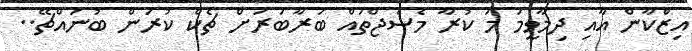
އިޒްކާން އާއި ދިމާވީމަ މަ ކުރާ މެސެޖްތައް ބަރާބަރަށް ޗެކް ކުރަން ބުނައްޗޭ..